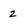
Character: 2